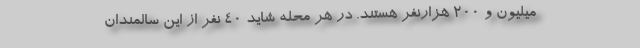
میلیون و ۲۰۰ هزارنفر هستند. در هر محله شاید ۴۰ نفر از این سالمندان